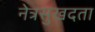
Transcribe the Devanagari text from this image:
नेत्रसुखदता